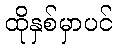
ထိုနှစ်မှာပင်